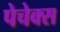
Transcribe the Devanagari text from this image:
पेचेक्स